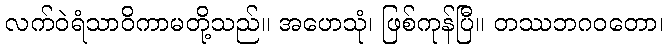
လက်ဝဲရံသာဝိကာမတို့သည်။ အဟေသုံ၊ ဖြစ်ကုန်ပြီ။ တဿဘဂဝတော၊